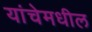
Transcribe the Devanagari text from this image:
यांचेमधील